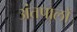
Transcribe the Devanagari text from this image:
अंतपालों